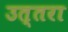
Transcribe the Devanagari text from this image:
उत्‍तरा